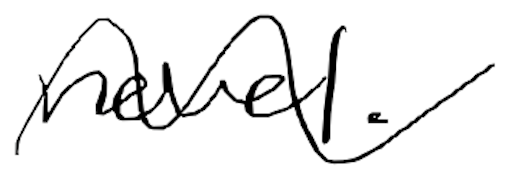
Text: novel.
Cross-out: wave
Writing tool: digital_black